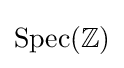
\operatorname {Spec} (\mathbb {Z} )